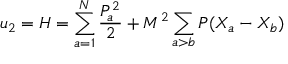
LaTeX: u _ { 2 } = { \cal H } = \sum _ { a = 1 } ^ { N } \frac { P _ { a } ^ { 2 } } { 2 } + M ^ { 2 } \sum _ { a > b } { \cal P } ( X _ { a } - X _ { b } )